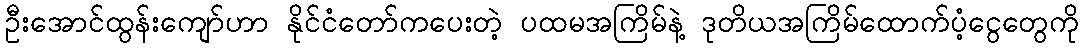
ဦးအောင်ထွန်းကျော်ဟာ နိုင်ငံတော်ကပေးတဲ့ ပထမအကြိမ်နဲ့ ဒုတိယအကြိမ်ထောက်ပံ့ငွေတွေကို